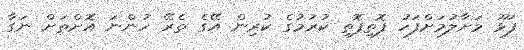
ފަޅޫ މަށާލުމަށްފަހު ފޮތިފޮތި ކުރުމުގެ ކުރިން އޭގެ ތެރޭ ހުންނަ އޮށްތަށް ނަގާ